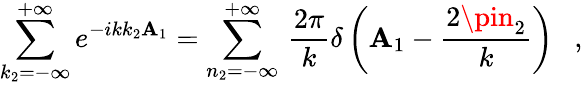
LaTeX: \sum_{k_{2}=-\infty}^{+\infty}e^{-ikk_{2}\mathbf{A}_{1}}=\sum_{n_{2}=-\infty}^{+\infty}\, \frac{{2\pi}}{{k}}\delta\left(\mathbf{A}_{1}-\frac{{2\pin_{2}}}{{k}}\right)\ \ \ ,